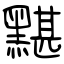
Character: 黮